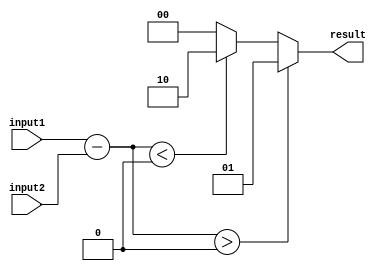
module comparator (
    input wire [7:0] input1,
    input wire [7:0] input2,
    output reg [1:0] result
);

reg [7:0] subtraction_result;
reg [7:0] addition_result;

always @(*) begin
    subtraction_result = input1 - input2;
    addition_result = input1 + input2;
    
    if (subtraction_result > 8'b00000000) begin
        result = 2'b01; // Greater than
    end else if (subtraction_result < 8'b00000000) begin
        result = 2'b10; // Less than
    end else begin
        result = 2'b00; // Equal
    end
end

endmodule